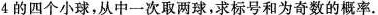
4的四个小球，从中一次取两球，求标号和为奇数的概率.